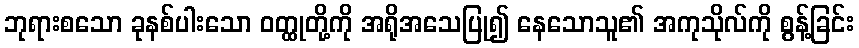
ဘုရားစသော ခုနစ်ပါးသော ဝတ္ထုတို့ကို အရိုအသေပြု၍ နေသောသူ၏ အကုသိုလ်ကို စွန့်ခြင်း